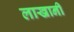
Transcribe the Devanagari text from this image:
लाखानी